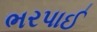
ભરપાઈ